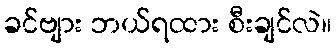
ခင်ဗျား ဘယ်ရထား စီးချင်လဲ။